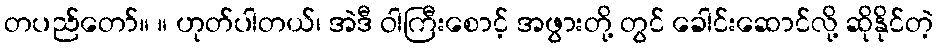
တပည်တော်။ ။ ဟုတ်ပါတယ်၊ အဲဒီ ဝါကြီးစောင့် အဖွားတို့ တွင် ခေါင်းဆောင်လို့ ဆိုနိုင်တဲ့